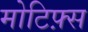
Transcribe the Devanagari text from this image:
मोटिफ़्स